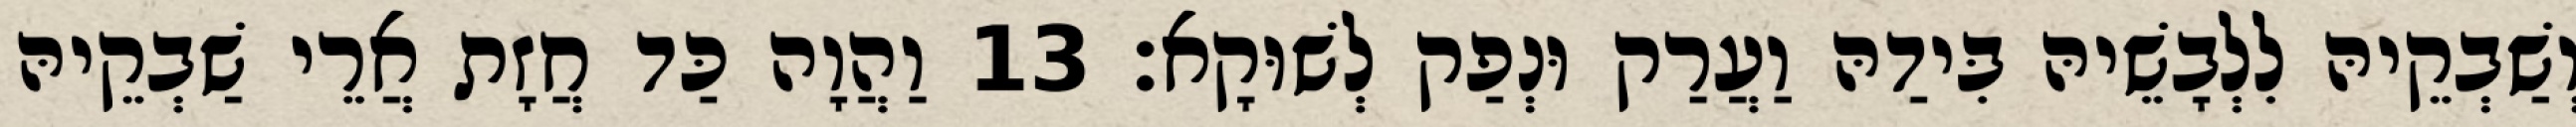
וְשַׁבְקֵיהּ לִלְבָשֵׁיהּ בִּידַהּ וַעֲרַק וּנְפַק לְשׁוּקָא׃ 13 וַהֲוָה כַּד חֲזָת אֲרֵי שַׁבְקֵיהּ